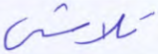
تلاشي